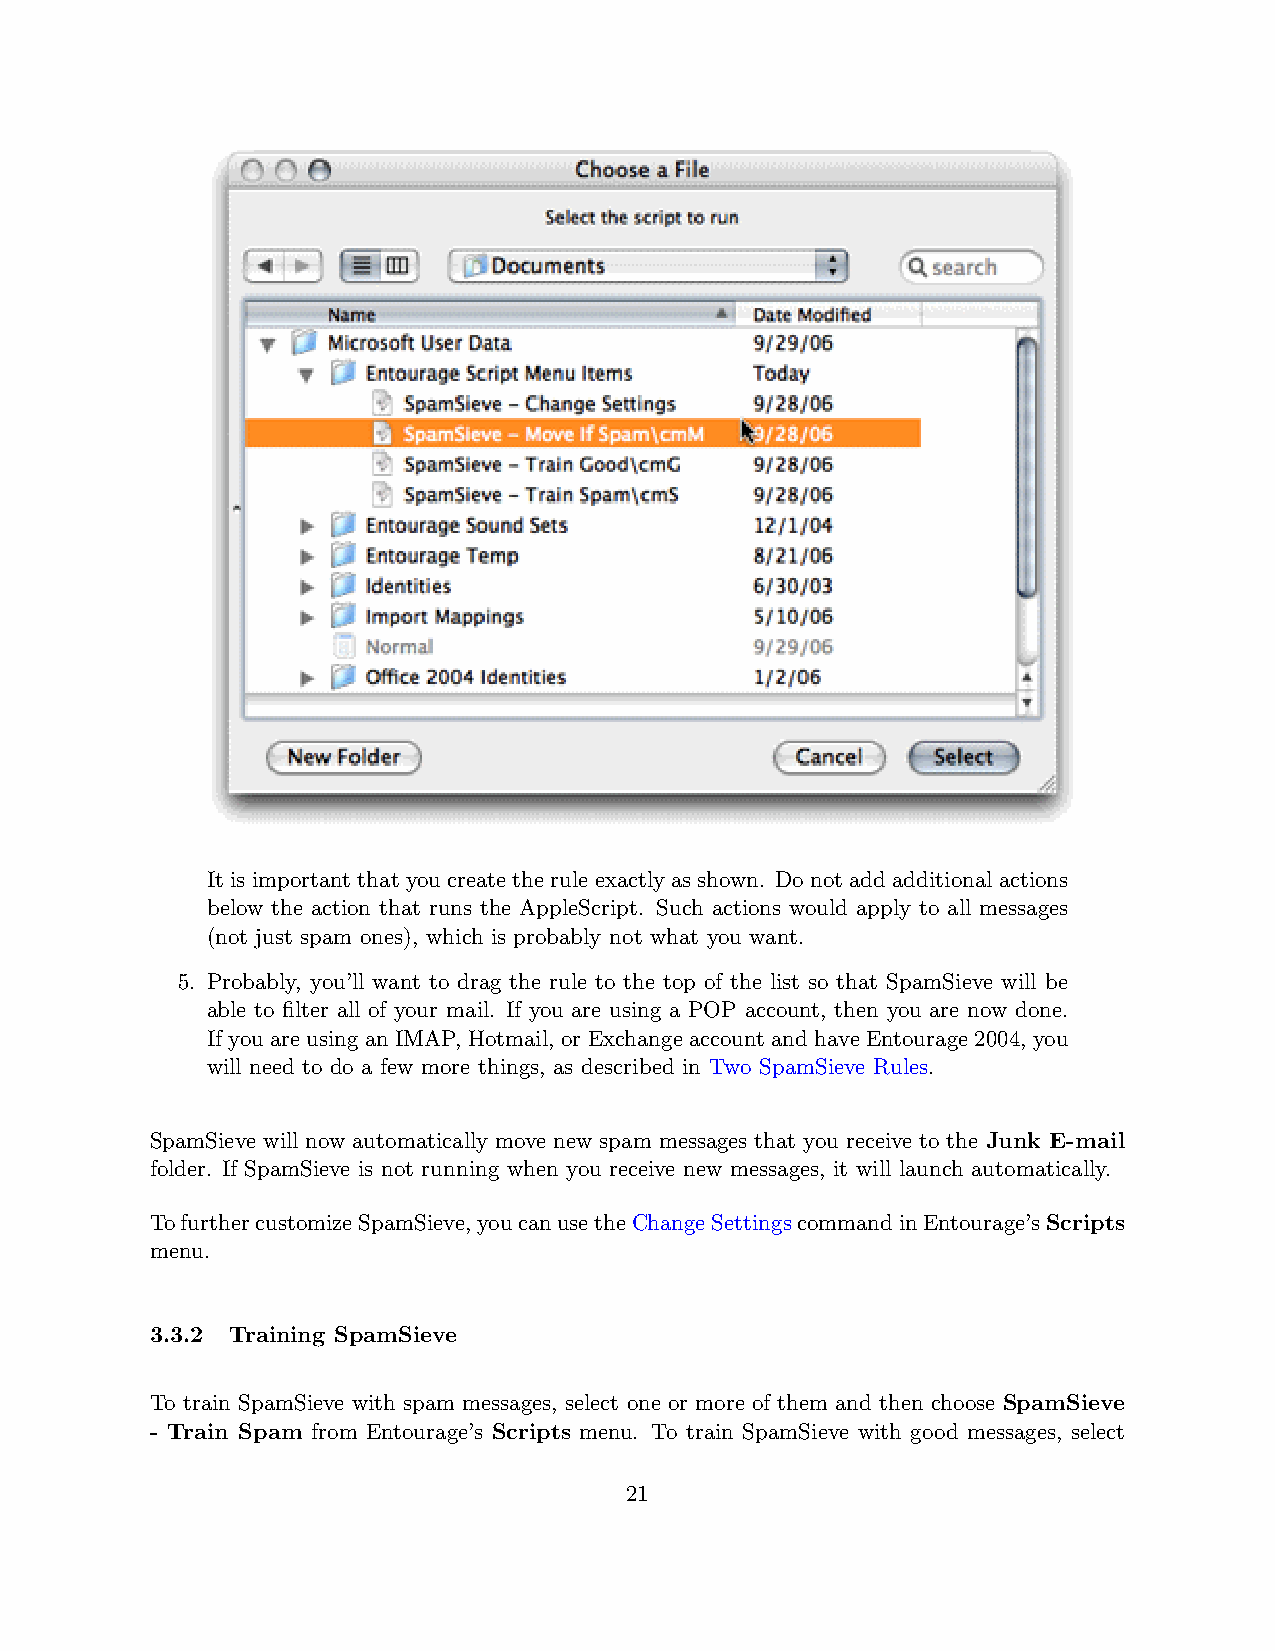
Itisimportantthatyoucreate therule exactlyasshown. Donotaddadditionalactions
 below the action that runs the AppleScript. Such actions would apply to all messages
 (not just spam ones), which is probably not what you want.
 5. Probably, you’ll want to drag the rule to the top of the list so that SpamSieve will be
 able to filter all of your mail. If you are using a POP account, then you are now done.
 If you are using an IMAP, Hotmail, or Exchange account and have Entourage 2004, you
 will need to do a few more things, as described in Two SpamSieve Rules.
 SpamSieve will now automatically move new spam messages that you receive to the Junk E-mail
 folder. If SpamSieve is not running when you receive new messages, it will launch automatically.
 TofurthercustomizeSpamSieve,youcanusetheChangeSettingscommandinEntourage’sScripts
 menu.
 3.3.2 Training SpamSieve
 To train SpamSieve with spam messages, select one or more of them and then choose SpamSieve
 - Train Spam from Entourage’s Scripts menu. To train SpamSieve with good messages, select
 21